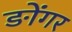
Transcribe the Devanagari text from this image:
ङोंगर